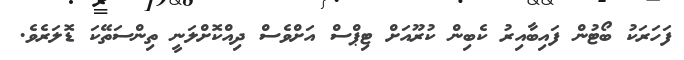
ފަހަރަކު ބޯޓުން ފައިބާއިރު ކެބިން ކުރޫއަށް ޓިޕްސް އަށްވެސް ދިއްކޮށްލަނީ ތިިންސަތޭކަ ޑޮލަރެވެ.